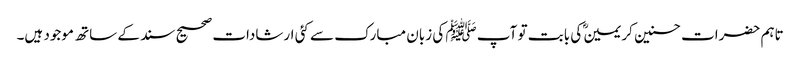
تاہم حضرات حسنین کریمینؓ کی بابت تو آپ ﷺ کی زبان مبارک سے کئی ارشادات صحیح سند کے ساتھ موجود ہیں۔